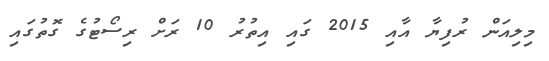
މިލިއަން ރުފިޔާ އާއި 2015 ގައި އިތުރު 10 ރަށް ރިސޯޓުގެ ގޮތުގައި